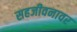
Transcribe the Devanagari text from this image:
सहजीवनावर